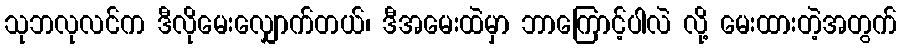
သုဘလုလင်က ဒီလိုမေးလျှောက်တယ်၊ ဒီအမေးထဲမှာ ဘာကြောင့်ပါလဲ လို့ မေးထားတဲ့အတွက်